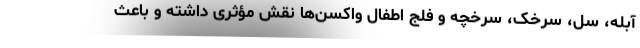
آبله، سل، سرخک، سرخچه و فلج اطفال واکسن‌ها نقش مؤثری داشته و باعث